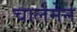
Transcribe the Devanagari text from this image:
चार्लमेन